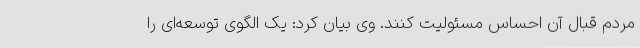
مردم قبال آن احساس مسئولیت کنند. وی بیان کرد: یک الگوی توسعه‌ای را